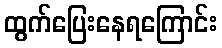
ထွက်ပြေးနေရကြောင်း